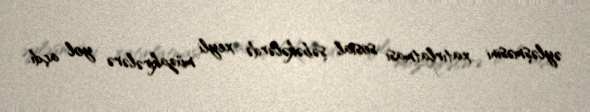
əyləşməsini xatırlatması sosial şəbəkələrdə xeyli müzakirələrə yol açdı.